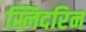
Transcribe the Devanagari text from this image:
स्लिदरिन